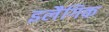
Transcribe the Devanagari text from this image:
इलैगिक